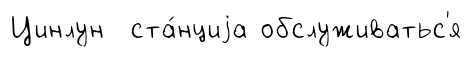
Цинлун ста́нциjа обслуживатьс'я